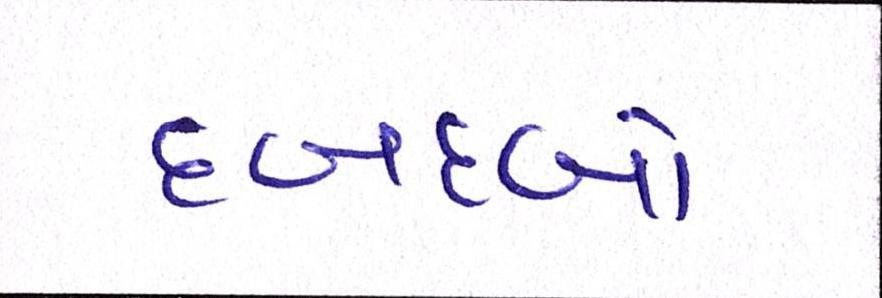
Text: દબદબો